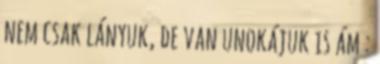
nem csak lányuk, de van unokájuk is ám :